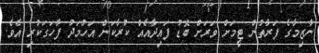
ނާޒިމާގެ ފަރާތުން ޓީމަށް ވަރަށް ބޮޑު ފައިދާއެއް ކުރާކަން އަހުމަދު ފާހަގަކުރި އެވެ.